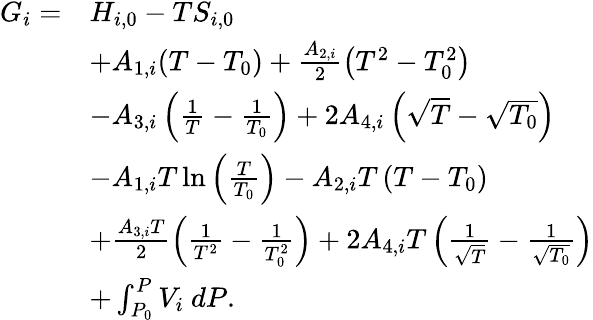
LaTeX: \begin{array}{rl}{G_{i}=}&{H_{i,0}-TS_{i,0}}\\ &{+A_{1,i}(T-T_{0})+\frac{A_{2,i}}{2}\left(T^{2}-T_{0}^{2}\right)}\\ &{-A_{3,i}\left(\frac{1}{T}-\frac{1}{T_{0}}\right)+2A_{4,i}\left(\sqrt{T}-\sqrt{T_{0}}\right)}\\ &{-A_{1,i}T\ln{\left(\frac{T}{T_{0}}\right)}-A_{2,i}T\left(T-T_{0}\right)}\\ &{+\frac{A_{3,i}T}{2}\left(\frac{1}{T^{2}}-\frac{1}{T_{0}^{2}}\right)+2A_{4,i}T\left(\frac{1}{\sqrt{T}}-\frac{1}{\sqrt{T_{0}}}\right)}\\ &{+\int_{P_{0}}^{P}V_{i}~dP.}\end{array}